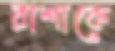
রাশাকে